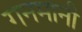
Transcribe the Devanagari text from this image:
गनमानी